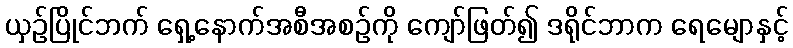
ယှဉ်ပြိုင်ဘက် ရှေ့နောက်အစီအစဉ်ကို ကျော်ဖြတ်၍ ဒရိုင်ဘာက ရေမျောနှင့်